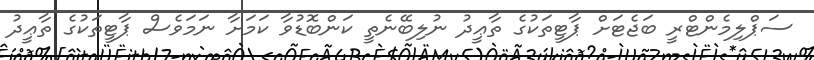
ސަޕްލިމެންޓްރީ ބަޖެޓަށް ޕާޓީތަކުގެ ތާޢީދު ނުލިބޭނެތީ ކަންބޮޑުވާ ކަމަށާ ނަމަވެސް ޕާޓީތަކުގެ ތާޢީދު